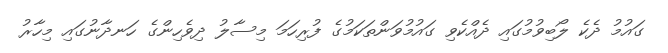
ގައުމު ދެކެ ލޯބިވުމުގައި ދެއްކެވި ގައުމުވަންތަކަމުގެ ފުރިހަމަ މިސާލު ދިވެހިންގެ ހަނދާނުގައި މިހާރު